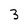
Character: 3